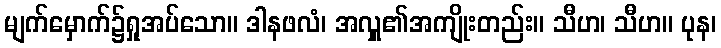
မျက်မှောက်၌ရှုအပ်သော။ ဒါနဖလံ၊ အလှူ၏အကျိုးတည်း။ သီဟ၊ သီဟ။ ပုန၊